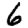
Digit: 6